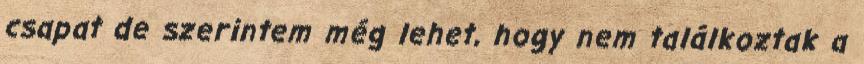
csapat de szerintem még lehet, hogy nem találkoztak a